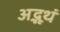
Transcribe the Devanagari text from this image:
अद्भूथं